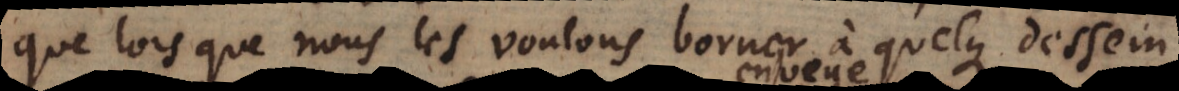
que lors que nous les voulons borner à quelque dessein